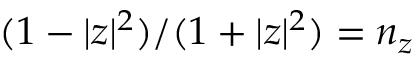
( 1 - | z | ^ { 2 } ) / ( 1 + | z | ^ { 2 } ) = n _ { z }